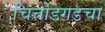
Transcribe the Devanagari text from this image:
चित्तोडगडचा